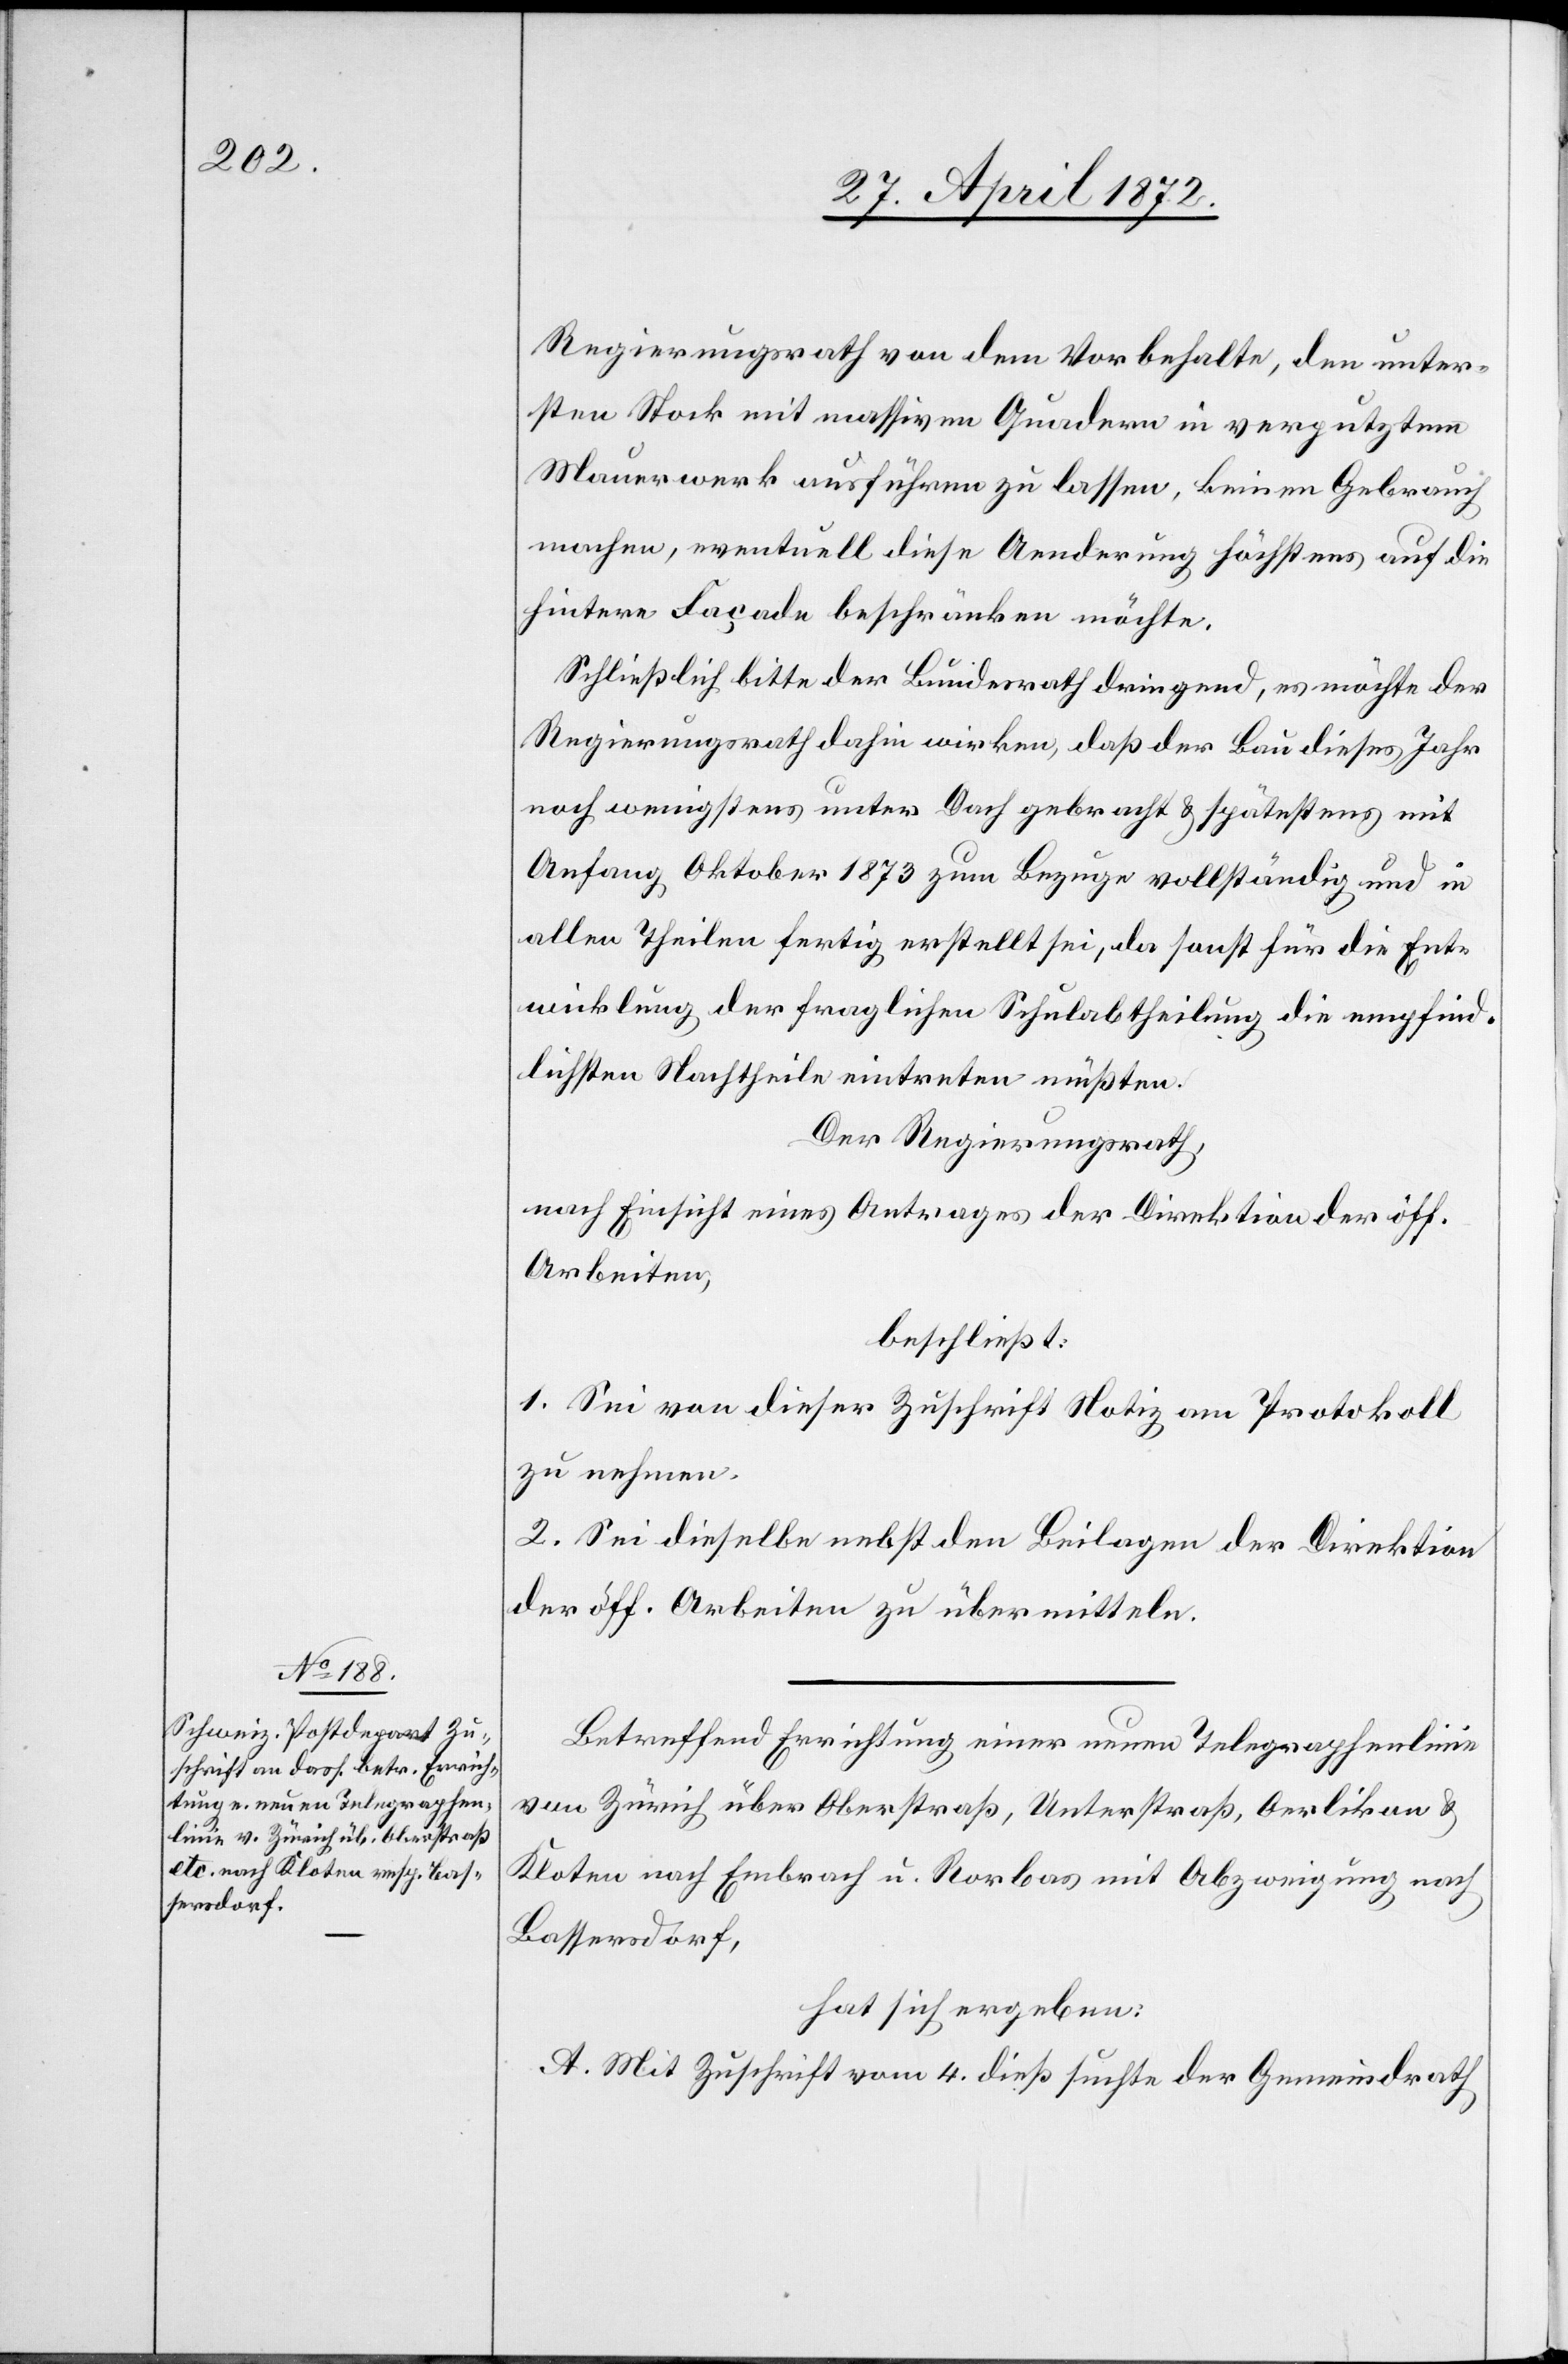
Regierungsrath von dem Vorbehalte, den unter¬
sten Stock mit massiven Quadern in verputztem
Mauerwerk ausführen zu lassen, keinen Gebrauch
mache, eventuell diese Aenderung höchstens auf die
hintere Façade beschränken möchte.
Schließlich bitte der Bundesrath dringend, es möchte der
Regierungsrath dahin wirken, daß der Bau dieses Jahr
noch wenigstens unter Dach gebracht u. spätestens mit
Anfang Oktober 1873 zum Bezuge vollständig und in
allen Theilen fertig erstellt sei, da sonst für die Ent¬
wicklung der fraglichen Schulabtheilung die empfind¬
lichsten Nachtheile eintreten müßten.
Der Regierungsrath,
nach Einsicht eines Antrages der Direktion der öff.
Arbeiten,
beschließt:
1. Sei von dieser Zuschrift Notiz am Protokoll
zu nehmen.
2. Sei dieselbe nebst den Beilagen der Direktion
der öff. Arbeiten zu übermitteln.
Betreffend Errichtung einer neuen Telegraphenlinie
von Zürich über Oberstraß, Unterstraß, Oerlikon u.
Kloten nach Embrach u. Rorbas mit Abzweigung nach
Bassersdorf,
hat sich ergeben:
A. Mit Zuschrift vom 4. dieß suchte der Gemeindrath